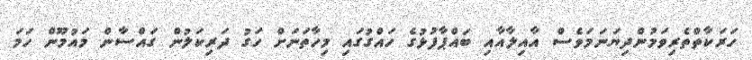
ހަރަކާތްތެރިވަމުންދިޔަަނަމަވެސް އާއިލާއާއި ބައްޕާފުޅުގެ ހައްގުގައި މިހާތަނަށް ހަގު ދަރިކަލުން ގައްސާން މައުމޫން ހަމަ